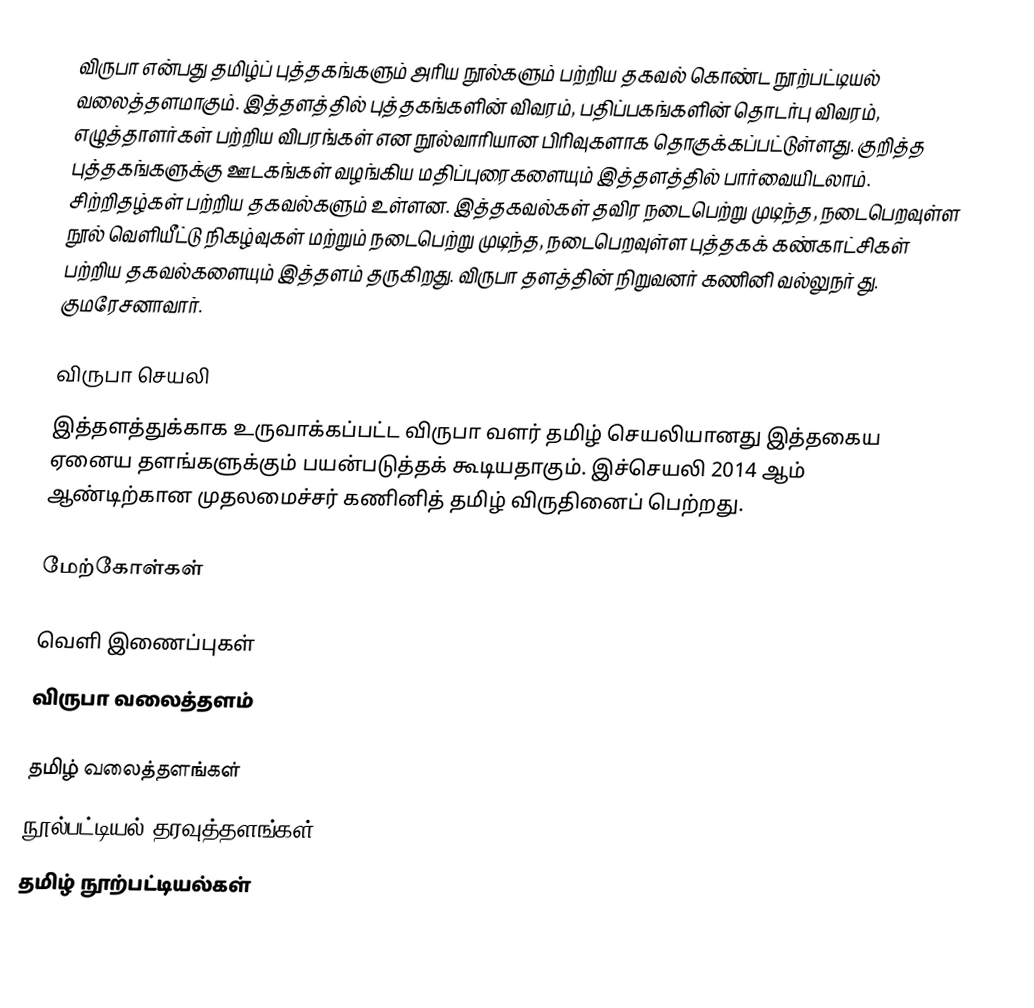
விருபா என்பது தமிழ்ப் புத்தகங்களும் அரிய நூல்களும் பற்றிய தகவல் கொண்ட நூற்பட்டியல் வலைத்தளமாகும். இத்தளத்தில் புத்தகங்களின் விவரம், பதிப்பகங்களின் தொடர்பு விவரம், எழுத்தாளர்கள் பற்றிய விபரங்கள் என நூல்வாரியான பிரிவுகளாக தொகுக்கப்பட்டுள்ளது. குறித்த புத்தகங்களுக்கு ஊடகங்கள் வழங்கிய மதிப்புரைகளையும் இத்தளத்தில் பார்வையிடலாம். சிற்றிதழ்கள் பற்றிய தகவல்களும் உள்ளன. இத்தகவல்கள் தவிர நடைபெற்று முடிந்த, நடைபெறவுள்ள நூல் வெளியீட்டு நிகழ்வுகள் மற்றும் நடைபெற்று முடிந்த, நடைபெறவுள்ள புத்தகக் கண்காட்சிகள் பற்றிய தகவல்களையும் இத்தளம் தருகிறது. விருபா தளத்தின் நிறுவனர் கணினி வல்லுநர் து. குமரேசனாவார்.

விருபா செயலி
இத்தளத்துக்காக உருவாக்கப்பட்ட விருபா வளர் தமிழ் செயலியானது இத்தகைய ஏனைய தளங்களுக்கும் பயன்படுத்தக் கூடியதாகும். இச்செயலி 2014 ஆம் ஆண்டிற்கான முதலமைச்சர் கணினித் தமிழ் விருதினைப் பெற்றது.

மேற்கோள்கள்

வெளி இணைப்புகள்
 விருபா வலைத்தளம்

தமிழ் வலைத்தளங்கள்
நூல்பட்டியல் தரவுத்தளங்கள்
தமிழ் நூற்பட்டியல்கள்